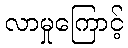
လာမှုကြောင့်